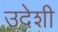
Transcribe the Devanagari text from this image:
उदेशी